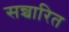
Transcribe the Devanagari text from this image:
सन्चारित